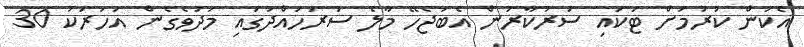
އެކަން ކުރުމަށް ޓަކައި ސަރުކާރުން އެބަޖެހޭ މާލެ ސަރަަހައްދުގައި މަދުވެގެން އަހަރަކު 30